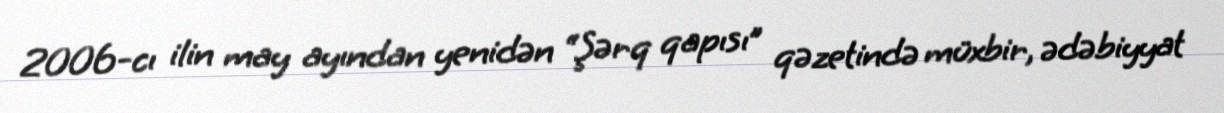
2006-cı ilin may ayından yenidən “Şərq qapısı” qəzetində müxbir, ədəbiyyat